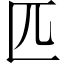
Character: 匹